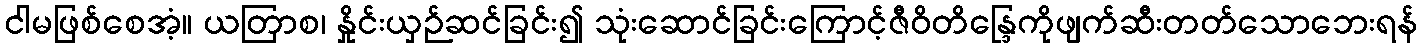
ငါမဖြစ်စေအံ့။ ယတြာစ၊ နှိုင်းယှဉ်ဆင်ခြင်း၍ သုံးဆောင်ခြင်းကြောင့်ဇီဝိတိန္ဒြေကိုဖျက်ဆီးတတ်သောဘေးရန်